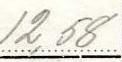
12,58